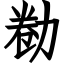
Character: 勌